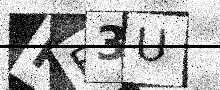
Text: PF3U